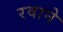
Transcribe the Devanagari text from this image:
रवाने